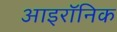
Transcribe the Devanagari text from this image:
आइरॉनिक